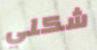
شكلي